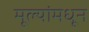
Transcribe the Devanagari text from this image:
मूल्‍यांमधून